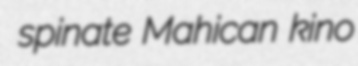
spinate Mahican kino